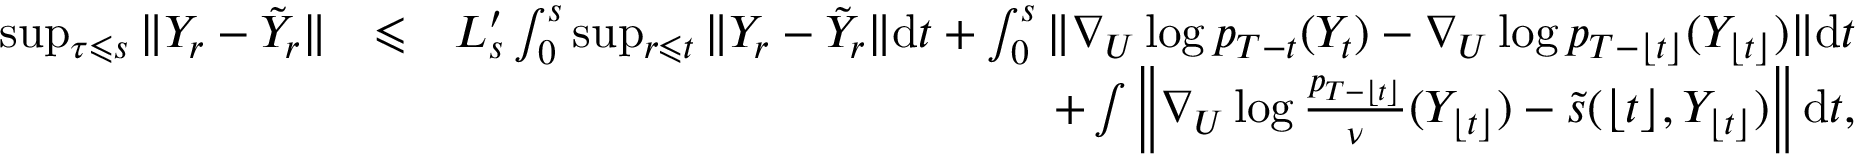
\begin{array} { r l r } { \operatorname* { s u p } _ { \tau \leqslant s } \| Y _ { r } - \tilde { Y } _ { r } \| } & { \leqslant } & { L _ { s } ^ { \prime } \int _ { 0 } ^ { s } \operatorname* { s u p } _ { r \leqslant t } \| Y _ { r } - \tilde { Y } _ { r } \| \mathrm { d } t + \int _ { 0 } ^ { s } \| \nabla _ { U } \log p _ { T - t } ( Y _ { t } ) - \nabla _ { U } \log p _ { T - \lfloor t \rfloor } ( Y _ { \lfloor t \rfloor } ) \| \mathrm { d } t } \\ & { } & { + \int \left\| \nabla _ { U } \log \frac { p _ { T - \lfloor t \rfloor } } { \nu } ( Y _ { \lfloor t \rfloor } ) - \tilde { s } ( \lfloor t \rfloor , Y _ { \lfloor t \rfloor } ) \right\| \mathrm { d } t , } \end{array}